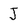
Character: J